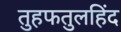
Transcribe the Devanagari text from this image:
तुहफतुलहिंद